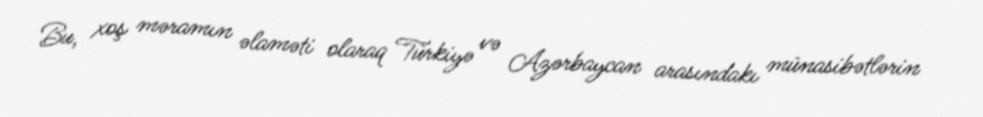
Bu, xoş məramın əlaməti olaraq Türkiyə və Azərbaycan arasındakı münasibətlərin